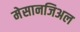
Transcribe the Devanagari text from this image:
मेसानजिअल